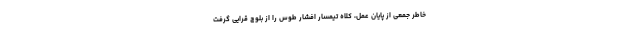
خاطر جمعی از پایان عمل، کلاه تیمسار افشار طوس را از بلوچ قرایی گرفت